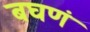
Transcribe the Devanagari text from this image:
बघणं